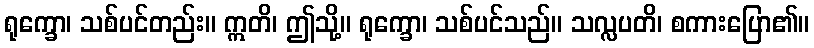
ရုက္ခော၊ သစ်ပင်တည်း။ ဣတိ၊ ဤသို့။ ရုက္ခော၊ သစ်ပင်သည်။ သလ္လပတိ၊ စကားပြော၏။